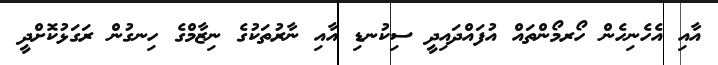
އާއި އެހެނިހެން ހޯރމޯންތައް އުފައްދައިދީ ސިކުނޑި އާއި ނާރުތަކުގެ ނިޒާމްގެ ހިނގުން ރަގަޅުކޮށްދީ